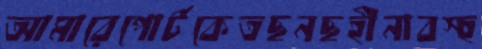
আমারেপোর্টকেতছনছহীনাবস্হ